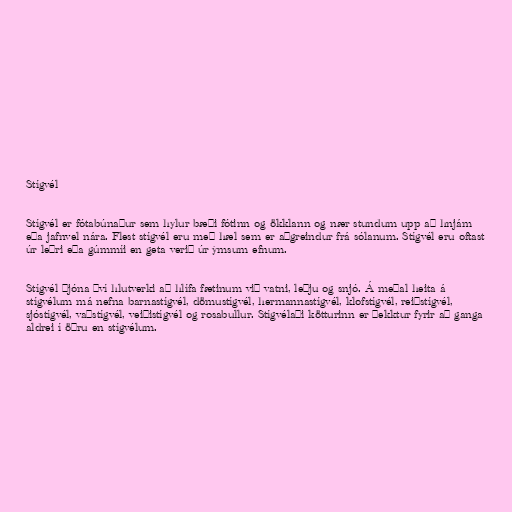
Stígvél

Stígvél er fótabúnaður sem hylur bæði fótinn og ökklann og nær stundum upp að hnjám
eða jafnvel nára. Flest stígvél eru með hæl sem er aðgreindur frá sólanum. Stígvél eru oftast
úr leðri eða gúmmíi en geta verið úr ýmsum efnum.

Stígvél þjóna því hlutverki að hlífa fætinum við vatni, leðju og snjó. Á meðal heita á
stígvélum má nefna barnastígvél, dömustígvél, hermannastígvél, klofstígvél, reiðstígvél,
sjóstígvél, vaðstígvél, veiðistígvél og rosabullur. Stígvélaði kötturinn er þekktur fyrir að ganga
aldrei í öðru en stígvélum.